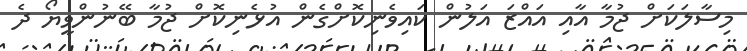
މިސާލަކަށް ޖުމާ އާއި އައްޒަ އަލުން ކައިވެނިކޮށްގެން އުޅެނިކޮށް ޖުމާ ބޭނުންވީޔޯ ދެ